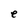
Character: e